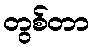
တွစ်တာ